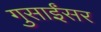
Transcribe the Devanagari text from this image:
गुसाईंसर